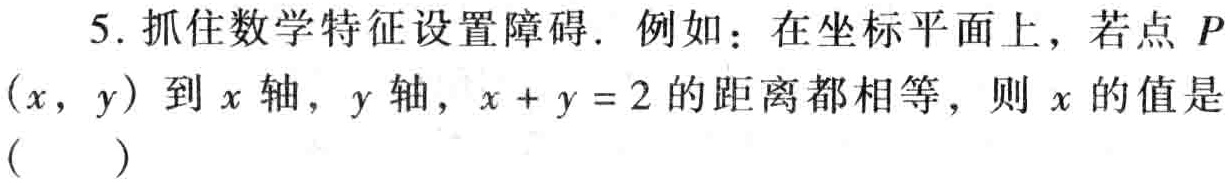
5. 抓住数学特征设置障碍. 例如：在坐标平面上，若点 \(P(x,y)\) 到 \(x\) 轴，\(y\) 轴，\(x + y = 2\) 的距离都相等，则 \(x\) 的值是（  ）